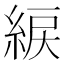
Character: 綟